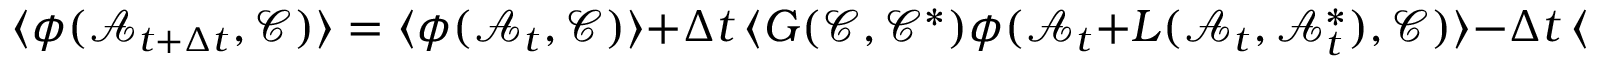
\langle \phi ( \mathcal { A } _ { t + \Delta t } , \mathcal { C } ) \rangle = \langle \phi ( \mathcal { A } _ { t } , \mathcal { C } ) \rangle + \Delta t \, \langle G ( \mathcal { C } , \mathcal { C } ^ { * } ) \phi ( \mathcal { A } _ { t } + L ( \mathcal { A } _ { t } , \mathcal { A } _ { t } ^ { * } ) , \mathcal { C } ) \rangle - \Delta t \, \langle G ( \mathcal { C } , \mathcal { C } ^ { * } ) \phi ( \mathcal { A } _ { t } , \mathcal { C } ) \rangle